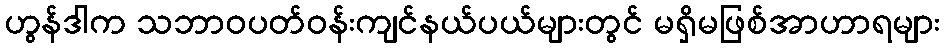
ဟွန်ဒါက သဘာဝပတ်ဝန်းကျင်နယ်ပယ်များတွင် မရှိမဖြစ်အာဟာရများ